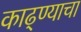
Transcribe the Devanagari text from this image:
काढ्ण्याचा